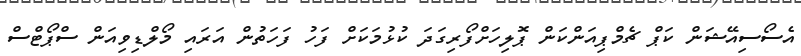
އެސޯސިއޭޝަން ކަޕް ޗެމްޕިއަންކަން ޕޮލިހަށްފޯރިގަދަ ކުޅުމަކަށް ފަހު ފަހަތުން އަރައި މޯލްޑިވިއަން ސްޕޯޓްސް